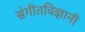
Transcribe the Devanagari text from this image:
संगीतविज्ञानी